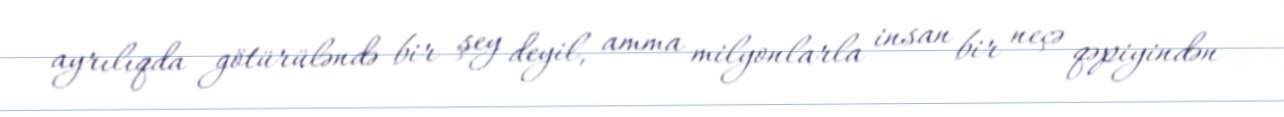
ayrılıqda götürüləndə bir şey deyil, amma milyonlarla insan bir neçə qəpiyindən